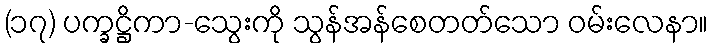
(၁၇) ပက္ခဋ္ဌိကာ-သွေးကို သွန်အန်စေတတ်သော ဝမ်းလေနာ။